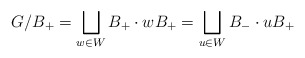
\begin{align*}G/B_+ = \bigsqcup_{w \in W} B_+ \cdot w B_+ = \bigsqcup_{u \in W} B_- \cdot u B_+\end{align*}